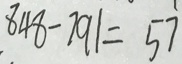
8 4 8 - 7 9 1 = 5 7